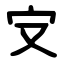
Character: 㝊